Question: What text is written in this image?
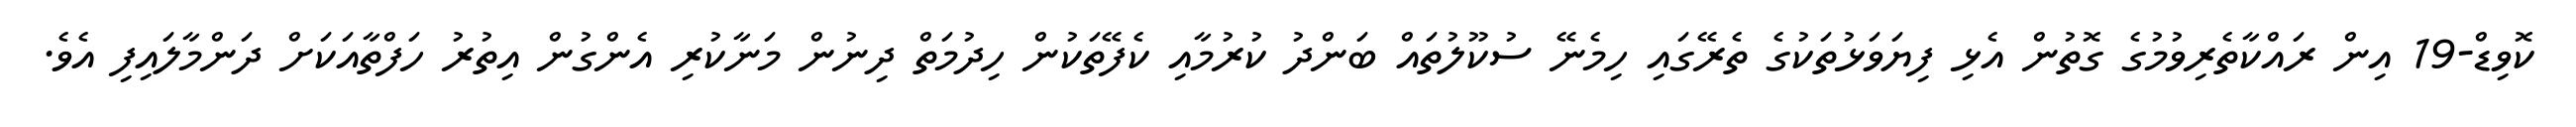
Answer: ކޮވިޑް-19 އިން ރައްކާތެރިވުމުގެ ގޮތުން އެޅި ފިޔަވަޅުތަކުގެ ތެރޭގައި ހިމެނޭ ސުކޫލުތައް ބަންދު ކުރުމާއި ކެފޭތަކުން ހިދުމަތް ދިނުން މަނާކުރި އެންގުން އިތުރު ހަފްތާއަކަށް ދަންމާލައިފި އެވެ.